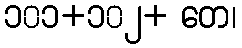
၁၀၁+၁၀၂+ တေ၊